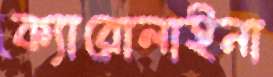
ক্যারোলাইনা